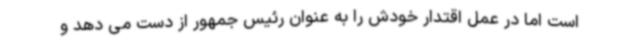
است اما در عمل اقتدار خودش را به عنوان رئیس جمهور از دست می دهد و